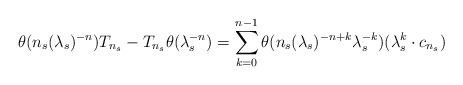
LaTeX: \begin{align*}\theta(n_s(\lambda_s)^{-n})T_{n_s} - T_{n_s}\theta(\lambda_s^{-n}) = \sum_{k = 0}^{n - 1}\theta(n_s(\lambda_s)^{-n + k}\lambda_s^{-k})(\lambda_s^k\cdot c_{n_s})\end{align*}